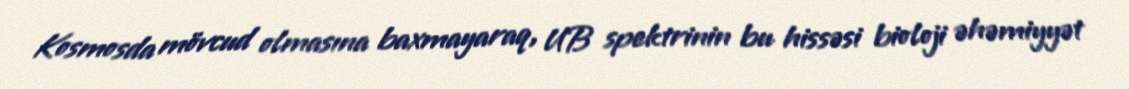
Kosmosda mövcud olmasına baxmayaraq, UB spektrinin bu hissəsi bioloji əhəmiyyət